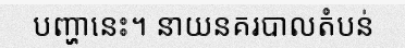
បញ្ហានេះ។ នាយនគរបាលតំបន់